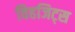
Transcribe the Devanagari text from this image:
विहजिट्स